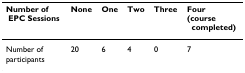
<table><thead><tr><td><b>Number of EPC Sessions</b></td><td><b>None</b></td><td><b>One</b></td><td><b>Two</b></td><td><b>Three</b></td><td><b>Four(coursecompleted)</b></td></tr></thead><tbody><tr><td>Number of participants</td><td>20</td><td>6</td><td>4</td><td>0</td><td>7</td></tr></tbody></table>